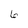
Character: 6